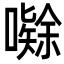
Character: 𭋤